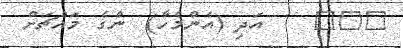
١٨١    އަދި (އެންމެހާ)  ންގެ މައްޗަށް